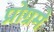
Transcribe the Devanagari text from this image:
प्रोग्रमे